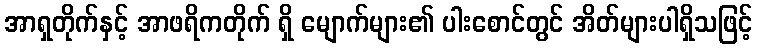
အာရှတိုက်နှင့် အာဖရိကတိုက် ရှိ မျောက်များ၏ ပါးစောင်တွင် အိတ်များပါရှိသဖြင့်